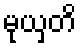
မုယှတိ